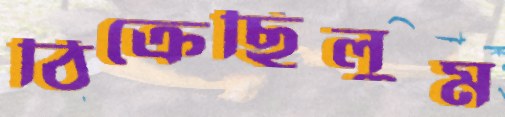
ঠিক্‌রেছিলুম